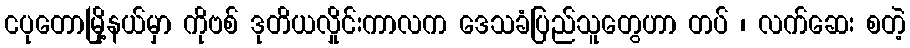
ငပုတောမြို့နယ်မှာ ကိုဗစ် ဒုတိယလှိုင်းကာလက ဒေသခံပြည်သူတွေဟာ တပ် ၊ လက်ဆေး စတဲ့